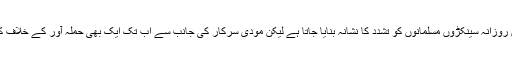
واضح رہے کہ بھارت میں روزانہ سینکڑوں مسلمانوں کو تشدد کا نشانہ بنایا جاتا ہے لیکن مودی سرکار کی جانب سے اب تک ایک بھی حملہ آور کے خلاف کارروائی نہیں کی گئی ہے۔